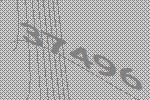
37496